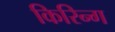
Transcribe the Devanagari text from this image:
किरिन्ग